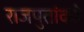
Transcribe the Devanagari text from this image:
राजपुतांकडे